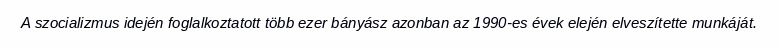
A szocializmus idején foglalkoztatott több ezer bányász azonban az 1990-es évek elején elveszítette munkáját.